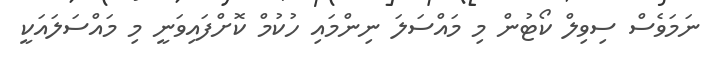
ނަމަވެސް ސިވިލް ކޯޓުން މި މައްސަލަ ނިންމައި ހުކުމް ކޮށްފައިވަނީ މި މައްސަލައަކީ